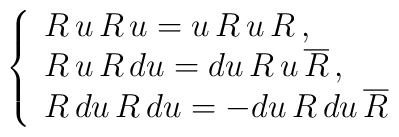
\left\{ \begin{array}{l}R\,u\,R\,u=u\,R\,u\,R\,, \\R\,u\,R\,du=du\,R\,u\,\overline{R}\,, \\R\,du\,R\,du=-du\,R\,du\,\overline{R}\end{array} \right.